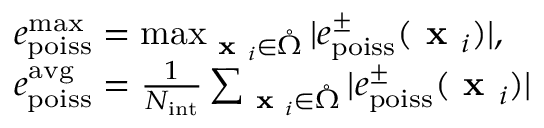
\begin{array} { r l } & { e _ { \mathrm { p o i s s } } ^ { \mathrm { m a x } } = \operatorname* { m a x } _ { \textbf { x } _ { i } \in \mathring { \Omega } } | e _ { \mathrm { p o i s s } } ^ { \pm } ( \textbf { x } _ { i } ) | , } \\ & { e _ { \mathrm { p o i s s } } ^ { \mathrm { a v g } } = \frac { 1 } { N _ { \mathrm { i n t } } } \sum _ { \textbf { x } _ { i } \in \mathring { \Omega } } | e _ { \mathrm { p o i s s } } ^ { \pm } ( \textbf { x } _ { i } ) | } \end{array}